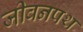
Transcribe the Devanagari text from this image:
जीवनपथ